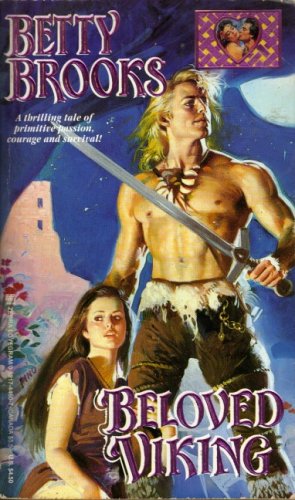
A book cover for Beloved Viking (Lovegram historical romances); Betty Brooks; Romance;